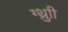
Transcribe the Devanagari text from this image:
ग्थ्रुाी